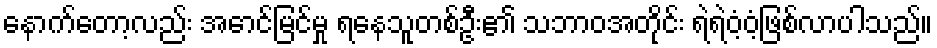
နောက်တော့လည်း အောင်မြင်မှု ရနေသူတစ်ဦး၏ သဘာဝအတိုင်း ရဲရဲဝံ့ဝံ့ဖြစ်လာပါသည်။